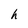
Character: h